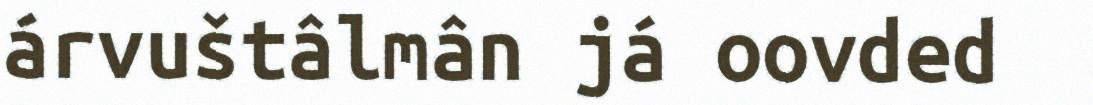
árvuštâlmân já oovded